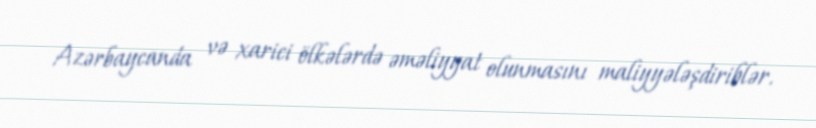
Azərbaycanda və xarici ölkələrdə əməliyyat olunmasını maliyyələşdiriblər.